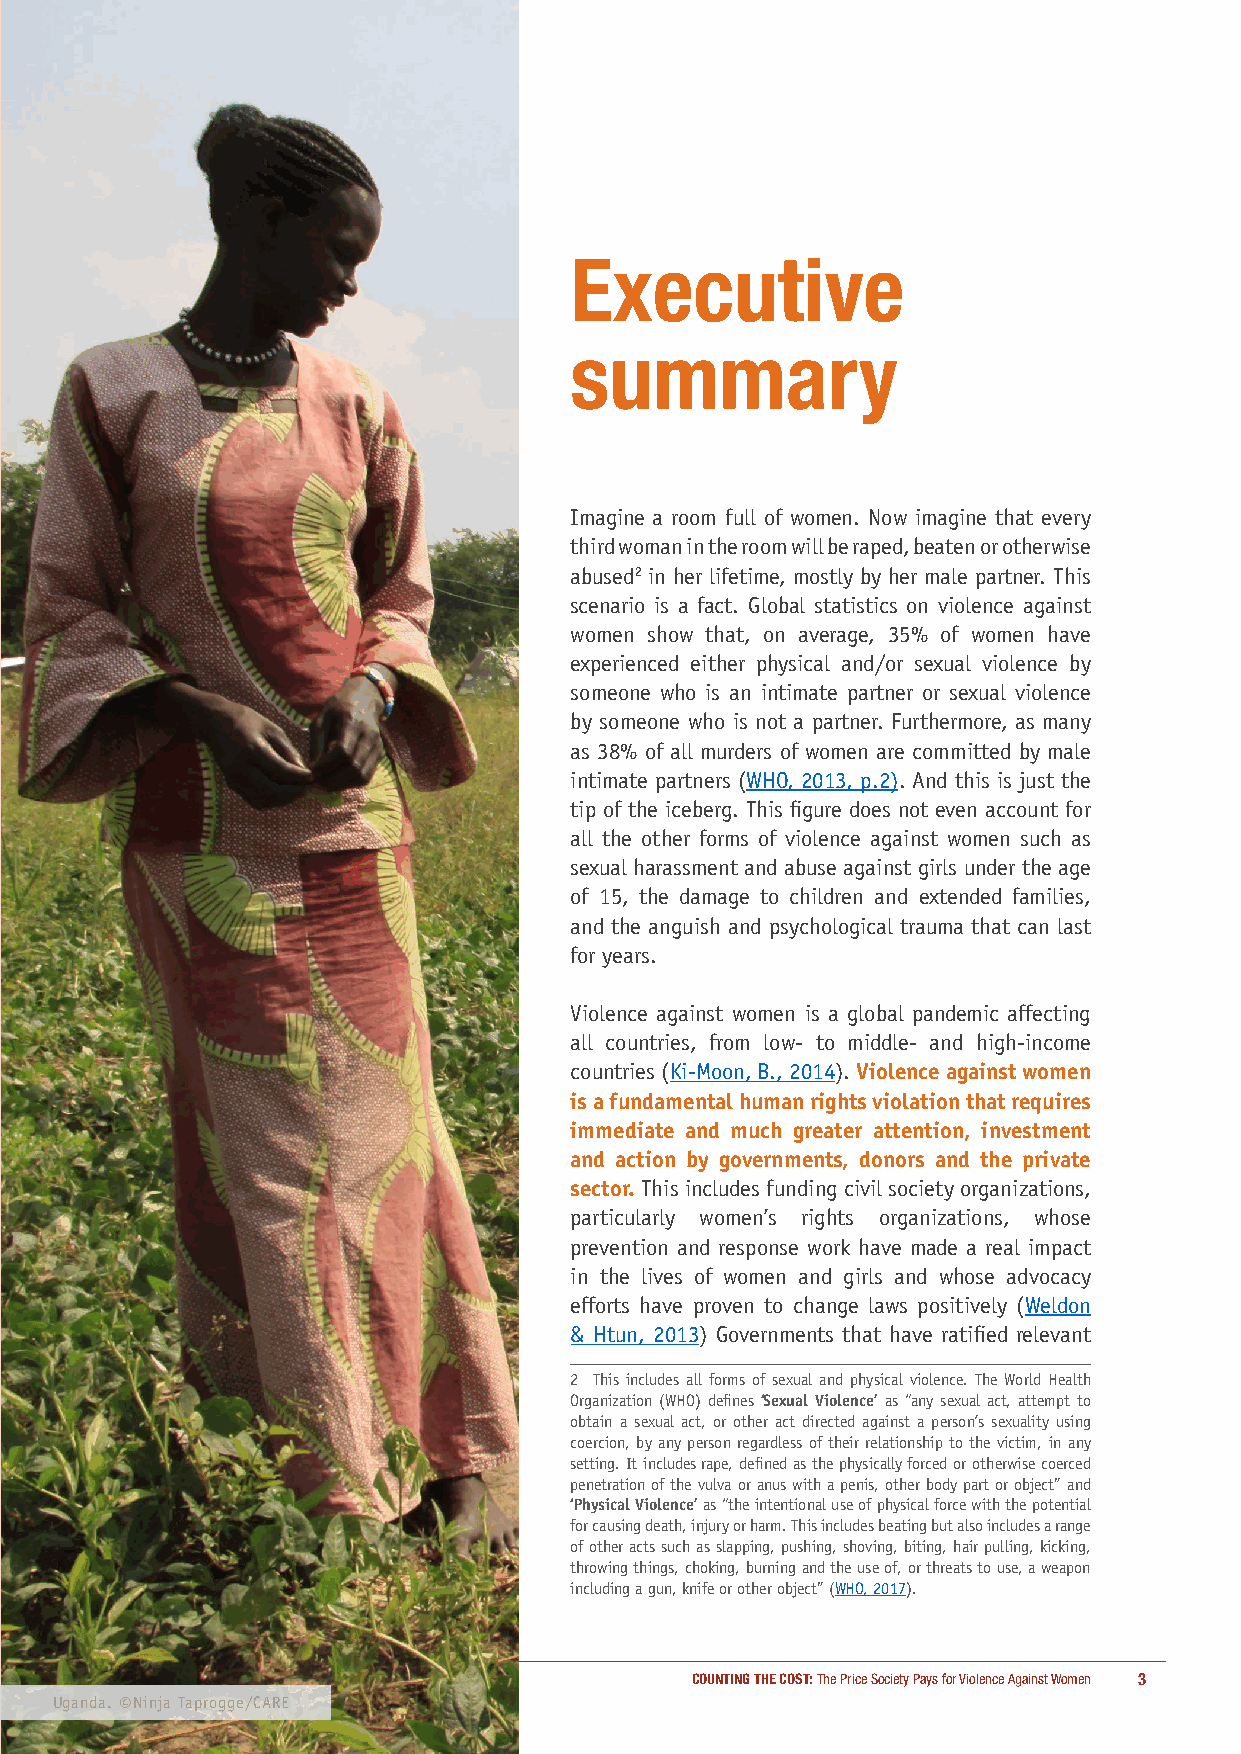
Executive
 summary
 Imagine a room full of women. Now imagine that every
 third woman in the room will be raped, beaten or otherwise
 abused2 in her lifetime, mostly by her male partner. This
 scenario is a fact. Global statistics on violence against
 women show that, on average, 35% of women have
 experienced either physical and/or sexual violence by
 someone who is an intimate partner or sexual violence
 by someone who is not a partner. Furthermore, as many
 as 38% of all murders of women are committed by male
 intimate partners (WHO, 2013, p.2). And this is just the
 tip of the iceberg. This figure does not even account for
 all the other forms of violence against women such as
 sexual harassment and abuse against girls under the age
 of 15, the damage to children and extended families,
 and the anguish and psychological trauma that can last
 for years.
 Violence against women is a global pandemic affecting
 all countries, from low- to middle- and high-income
 countries (Ki-Moon, B., 2014). Violence against women
 is a fundamental human rights violation that requires
 immediate and much greater attention, investment
 and action by governments, donors and the private
 sector. This includes funding civil society organizations,
 particularly women’s rights organizations, whose
 prevention and response work have made a real impact
 in the lives of women and girls and whose advocacy
 efforts have proven to change laws positively (Weldon
 & Htun, 2013) Governments that have ratified relevant
 2 This includes all forms of sexual and physical violence. The World Health
 Organization (WHO) defines ‘Sexual Violence’ as “any sexual act, attempt to
 obtain a sexual act, or other act directed against a person’s sexuality using
 coercion, by any person regardless of their relationship to the victim, in any
 setting. It includes rape, defined as the physically forced or otherwise coerced
 penetration of the vulva or anus with a penis, other body part or object” and
 ‘Physical Violence’ as “the intentional use of physical force with the potential
 for causing death, injury or harm. This includes beating but also includes a range
 of other acts such as slapping, pushing, shoving, biting, hair pulling, kicking,
 throwing things, choking, burning and the use of, or threats to use, a weapon
 including a gun, knife or other object” (WHO, 2017).
 COUNTING THE COST: The Price Society Pays for Violence Against Women 3
 Uganda. ©Ninja Taprogge/CARE